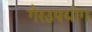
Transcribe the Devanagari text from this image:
गैरउपयोग